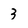
Character: 3